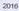
2016